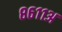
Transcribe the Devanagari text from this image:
८६११अ